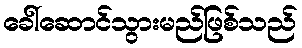
ခေါ်ဆောင်သွားမည်ဖြစ်သည်